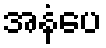
အနံပေ